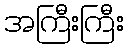
အကြီးကြီး